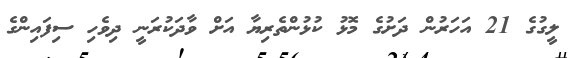
ލީގުގެ 21 އަހަރުން ދަށުގެ މޮޅު ކުޅުންތެރިޔާ އަށް ވާދަކުރަނީ ދިވެހި ސިފައިންގެ